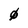
Character: 0